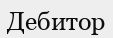
Дебитор